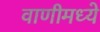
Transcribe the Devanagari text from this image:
वाणीमध्ये